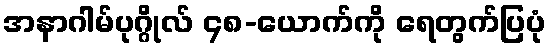
အနာဂါမ်ပုဂ္ဂိုလ် ၄၈-ယောက်ကို ရေတွက်ပြပုံ